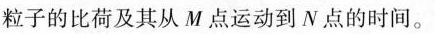
粒子的比荷及其从M点运动到N点的时间。